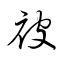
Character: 被